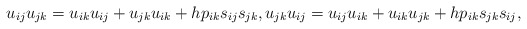
\begin{gather*}u_{ij}u_{jk}=u_{ik}u_{ij}+u_{jk}u_{ik}+h p_{ik}s_{ij}s_{jk}, u_{jk}u_{ij}=u_{ij}u_{ik}+u_{ik}u_{jk}+h p_{ik}s_{jk}s_{ij},\end{gather*}